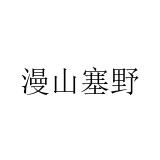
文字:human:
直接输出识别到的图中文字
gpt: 漫山塞野